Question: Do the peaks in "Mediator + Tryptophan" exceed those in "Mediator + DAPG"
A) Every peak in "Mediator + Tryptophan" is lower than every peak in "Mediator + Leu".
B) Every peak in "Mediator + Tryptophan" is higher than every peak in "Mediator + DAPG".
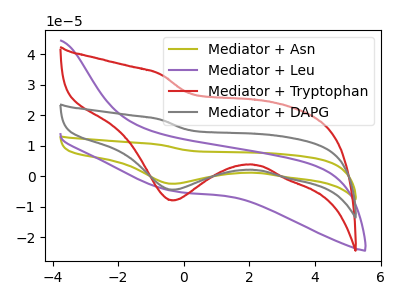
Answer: <think>The olive curve "Mediator + Asn" has a cathodic peak at: (-0.35V, -8.75uA). The purple curve "Mediator + Leu" has no peaks. The red curve "Mediator + Tryptophan" has a cathodic peak at: (-0.35V, -7.90uA). The gray curve "Mediator + DAPG" has a cathodic peak at: (-0.35V, -4.40uA).</think>
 <answer>B) Every peak in "Mediator + Tryptophan" is higher than every peak in "Mediator + DAPG".</answer>
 <eval>B</eval>